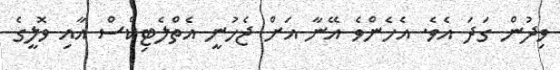
ވިދުން ގަދަ އެވެ. އެހެންވެ އޭނާ އަށް ޖެހުނީ އެތްލެޓިކްސް އާއި ވޮލީގެ